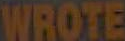
WROTE